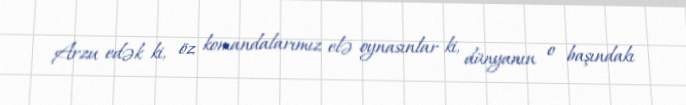
Arzu edək ki, öz komandalarımız elə oynasınlar ki, dünyanın o başındakı